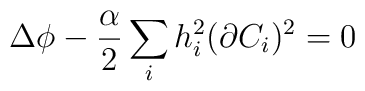
\Delta \phi -\frac{\alpha}{2}\sum _{i} h^{2}_{i}(\partial C_{i})^{2} = 0